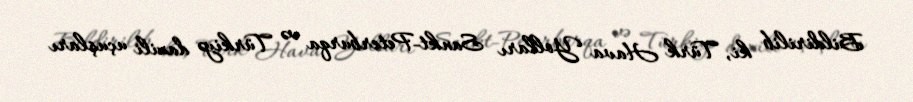
Bildirilib ki, Türk Hava Yolları Sankt-Peterburqa və Türkiyə daxili uçuşları